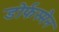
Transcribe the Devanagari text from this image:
डोर्फस्मैन